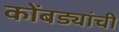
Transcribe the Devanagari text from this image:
कोंबड्यांची